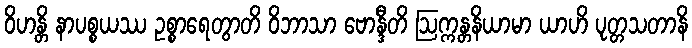
ဝိဟန္တိ နာပစ္စယဿ ဥစ္စာရေတွာတိ ဝိဘာသာ ဗောန္ဒီတိ ဩက္ကန္တနိယာမာ ယာဟိ ပုတ္တသတာနိ